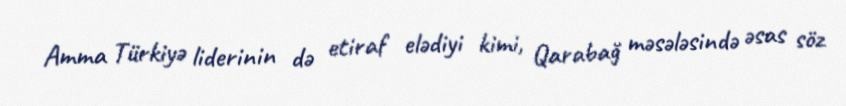
Amma Türkiyə liderinin də etiraf elədiyi kimi, Qarabağ məsələsində əsas söz